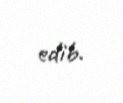
edib.